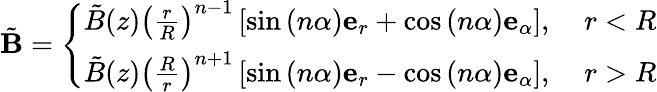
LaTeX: \tilde{\mathbf{B}}=\left\{ \begin{array}{ll}{\tilde{B}(z)\left(\frac{r}{R}\right)^{n-1}\left[\sin\left(n\alpha\right)\mathbf{e}_{r}+\cos\left(n\alpha\right)\mathbf{e}_{\alpha}\right],}&{\ r<R}\\ {\tilde{B}(z)\left(\frac{R}{r}\right)^{n+1}\left[\sin\left(n\alpha\right)\mathbf{e}_{r}-\cos\left(n\alpha\right)\mathbf{e}_{\alpha}\right],}&{\ r>R}\end{array}\right.